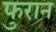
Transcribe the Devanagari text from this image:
फुरान